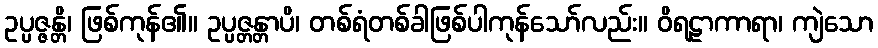
ဥပ္ပဇ္ဇန္တိ၊ ဖြစ်ကုန်၏။ ဥပ္ပဇ္တန္တာပိ၊ တစ်ရံတစ်ခါဖြစ်ပါကုန်သော်လည်း။ ဝိရဠာကာရာ၊ ကျဲသော